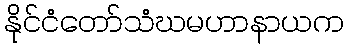
နိုင်ငံတော်သံဃမဟာနာယက